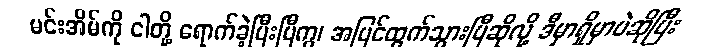
မင်းအိမ်ကို ငါတို့ ရောက်ခဲ့ပြီးပြီကွ၊ အပြင်ထွက်သွားပြီဆိုလို့ ဒီမှာရှိမှာပဲဆိုပြီး